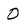
Character: 0